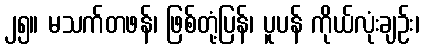
၂၅။ မသက်တဖန်၊ ဖြစ်တုံ့ပြန်၊ ပူပန် ကိုယ်လုံးချဉ်း၊